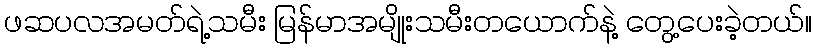
ဖဆပလအမတ်ရဲ့သမီး မြန်မာအမျိုးသမီးတယောက်နဲ့ တွေ့ပေးခဲ့တယ်။